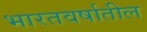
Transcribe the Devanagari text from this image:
भारतवर्षातील